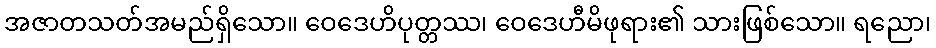
အဇာတသတ်အမည်ရှိသော။ ဝေဒေဟိပုတ္တဿ၊ ဝေဒေဟီမိဖုရား၏ သားဖြစ်သော။ ရညော၊